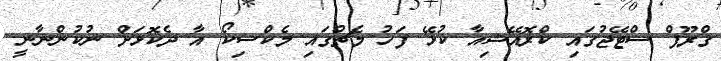
ގްރޫޕް ސްޓޭޖުގައި ކްރޮއޭޝިއާ ކުޅޭ ފަހު މެޗުގައި މެކްސިކޯ އާ ދެކޮޅަށް ނުކުންނާނީ